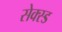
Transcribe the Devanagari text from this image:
सेक्स्ड